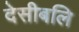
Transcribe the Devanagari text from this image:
देसीबलि